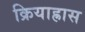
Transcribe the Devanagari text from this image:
क्रियाह्रास